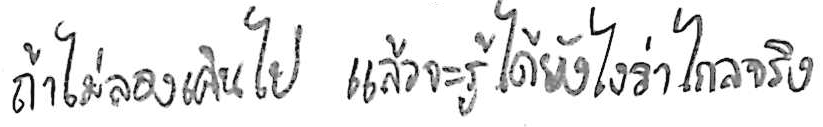
ถ้าไม่ลองเดินไป แล้วจะรู้ได้ยังไงว่าไกลจริง